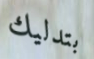
بتدليك